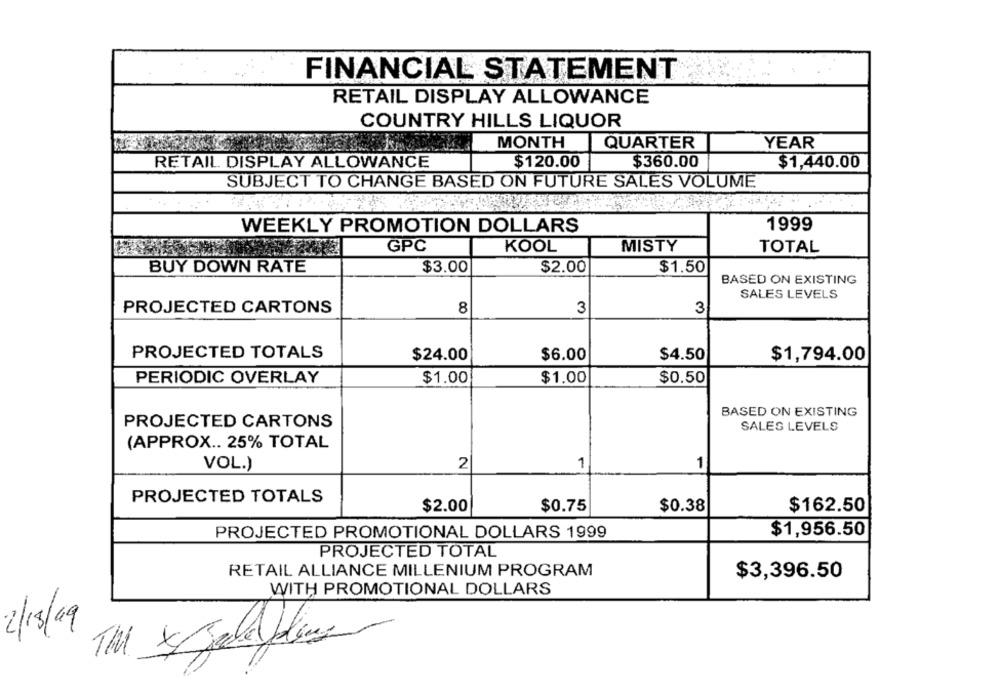
FINANCIAL STATEMENT
RETAIL DISPLAY ALLOWANCE
COUNTRY HILLS LIQUOR
MONTH
QUARTER
YEAR
RETAIL DISPLAY ALLOWANCE
$120.00
$360.00
$1,440.00
SUBJECT TO CHANGE BASED ON FUTURE SALES VOLUME
WEEKLY PROMOTION DOLLARS
1999
GPC
KOOL
MISTY
TOTAL
BUY DOWN RATE
$3.00
$2.00
$1.50
BASED ON EXISTING
SALES LEVELS
PROJECTED CARTONS
8
3
3
PROJECTED TOTALS
$24.00
$6.00
$4.50
$1,794.00
PERIODIC OVERLAY
$1.00
$1.00
$0.50
BASED ON EXISTING
PROJECTED CARTONS
SALES LEVELS
(APPROX .. 25% TOTAL
1
1
VOL.)
2
PROJECTED TOTALS
$2.00
$0.75
$0.38
$162.50
PROJECTED PROMOTIONAL DOLLARS 1999
$1,956.50
PROJECTED TOTAL
RETAIL ALLIANCE MILLENIUM PROGRAM
$3,396.50
WITH PROMOTIONAL DOLLARS
2/13/09